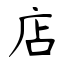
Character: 店